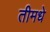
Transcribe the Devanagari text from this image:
तीमधे